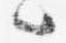
々